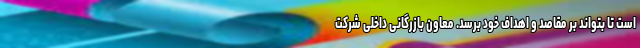
است تا بتواند بر مقاصد و اهداف خود برسد. معاون بازرگانی داخلی شرکت